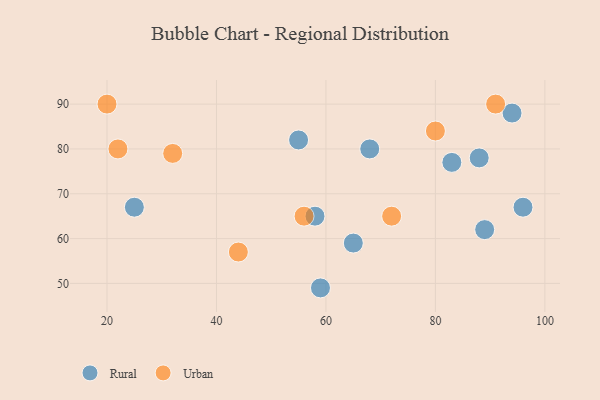
{"axis": {"x": "GDP", "y": "Life Expectancy"}, "legend": ["Rural", "Urban"], "data": [{"x": "88", "y": 78, "type": "Rural"}, {"x": "89", "y": 62, "type": "Rural"}, {"x": "65", "y": 59, "type": "Rural"}, {"x": "68", "y": 80, "type": "Rural"}, {"x": "25", "y": 67, "type": "Rural"}, {"x": "55", "y": 82, "type": "Rural"}, {"x": "94", "y": 88, "type": "Rural"}, {"x": "59", "y": 49, "type": "Rural"}, {"x": "96", "y": 67, "type": "Rural"}, {"x": "58", "y": 65, "type": "Rural"}, {"x": "83", "y": 77, "type": "Rural"}, {"x": "91", "y": 90, "type": "Urban"}, {"x": "20", "y": 90, "type": "Urban"}, {"x": "32", "y": 79, "type": "Urban"}, {"x": "44", "y": 57, "type": "Urban"}, {"x": "22", "y": 80, "type": "Urban"}, {"x": "56", "y": 65, "type": "Urban"}, {"x": "72", "y": 65, "type": "Urban"}, {"x": "80", "y": 84, "type": "Urban"}]}